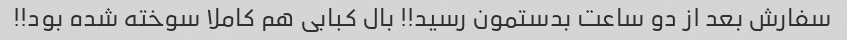
سفارش بعد از دو ساعت بدستمون رسید!! بال کبابی هم کاملا سوخته شده بود!!